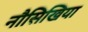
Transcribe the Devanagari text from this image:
नौसिखिया